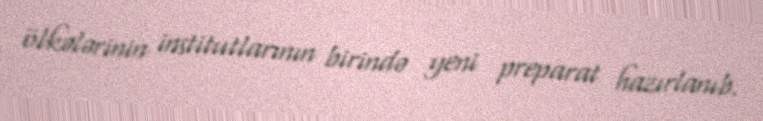
ölkələrinin institutlarının birində yeni preparat hazırlanıb.